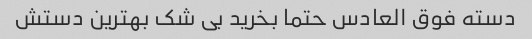
دسته فوق العادس حتما بخرید بی شک بهترین دستش